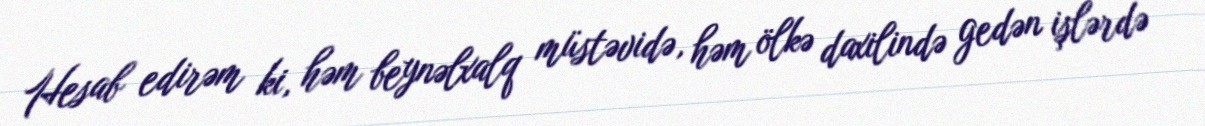
Hesab edirəm ki, həm beynəlxalq müstəvidə, həm ölkə daxilində gedən işlərdə